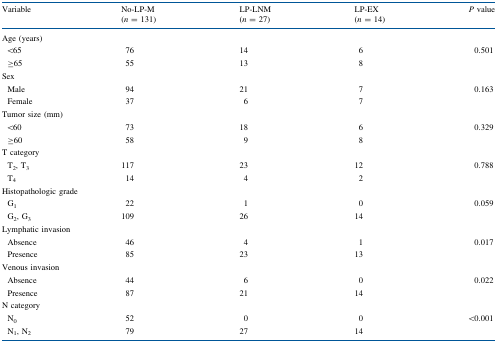
| <ROWSPAN=2> Variable | No-LP-M | LP-LNM | LP-EX | <ROWSPAN=2> P value |
 | (n = 131) | (n = 27) | (n = 14) |
 | --- | --- | --- | --- | --- |
 | <COLSPAN=5> Age (years) |
 | <65 | 76 | 14 | 6 | <ROWSPAN=2> 0.501 |
 | ≥65 | 55 | 13 | 8 |
 | <COLSPAN=5> Sex |
 | Male | 94 | 21 | 7 | <ROWSPAN=2> 0.163 |
 | Female | 37 | 6 | 7 |
 | <COLSPAN=5> Tumor size (mm) |
 | <60 | 73 | 18 | 6 | <ROWSPAN=2> 0.329 |
 | ≥60 | 58 | 9 | 8 |
 | <COLSPAN=5> T category |
 | T2, T3 | 117 | 23 | 12 | <ROWSPAN=2> 0.788 |
 | T4 | 14 | 4 | 2 |
 | <COLSPAN=5> Histopathologic grade |
 | G1 | 22 | 1 | 0 | <ROWSPAN=2> 0.059 |
 | G2, G3 | 109 | 26 | 14 |
 | <COLSPAN=5> Lymphatic invasion |
 | Absence | 46 | 4 | 1 | <ROWSPAN=2> 0.017 |
 | Presence | 85 | 23 | 13 |
 | <COLSPAN=5> Venous invasion |
 | Absence | 44 | 6 | 0 | <ROWSPAN=2> 0.022 |
 | Presence | 87 | 21 | 14 |
 | <COLSPAN=5> N category |
 | N0 | 52 | 0 | 0 | <ROWSPAN=2> <0.001 |
 | N1, N2 | 79 | 27 | 14 |